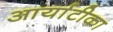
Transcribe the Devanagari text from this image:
आर्याटीका